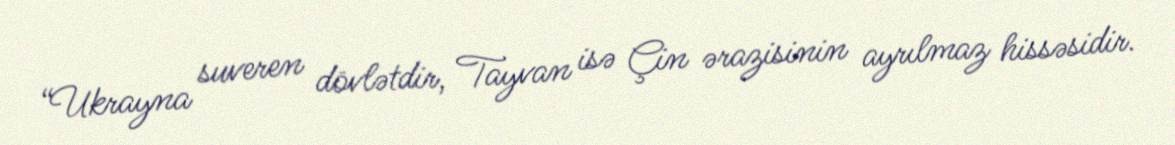
“Ukrayna suveren dövlətdir, Tayvan isə Çin ərazisinin ayrılmaz hissəsidir.